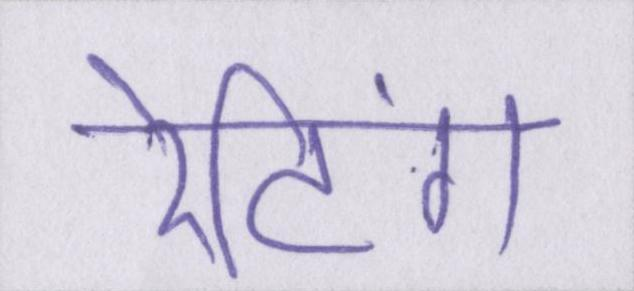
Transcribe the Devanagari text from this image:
रेटिंग